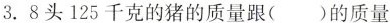
3. 8头125千克的猪的质量跟( )的质量